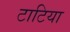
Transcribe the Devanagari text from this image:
टाटिया